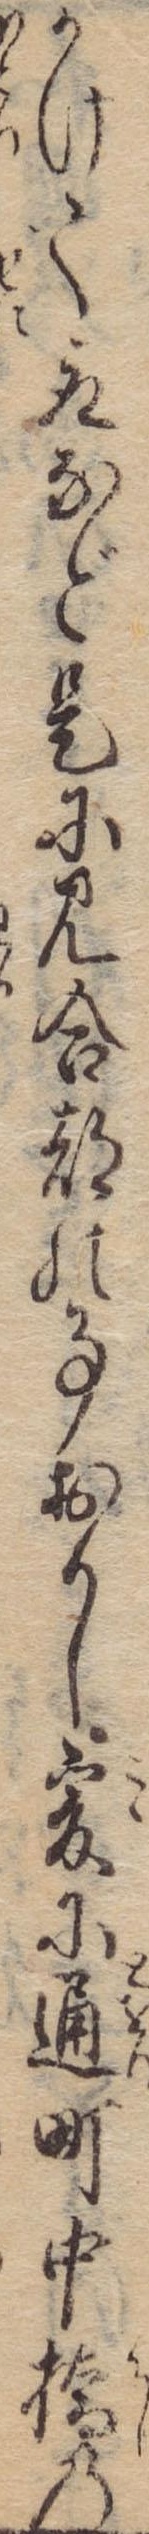
かけて取など是に見合都の事おかし爰に通町中橋の